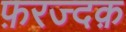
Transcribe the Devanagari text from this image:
फ़रज्दक़